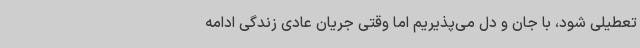
تعطیلی شود، با جان و دل می‌پذیریم اما وقتی جریان عادی زندگی ادامه